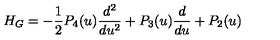
H _ { G } = - \frac { 1 } { 2 } P _ { 4 } ( u ) \frac { d ^ { 2 } } { d u ^ { 2 } } + P _ { 3 } ( u ) \frac { d } { d u } + P _ { 2 } ( u )